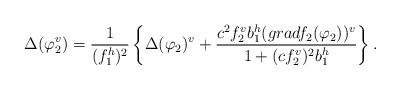
LaTeX: \begin{align*}\Delta(\varphi_2^v)=\frac{1}{(f_1^h)^2}\left\{\Delta(\varphi_2)^v+\frac{c^2f_2^vb_1^h(gradf_2(\varphi_2))^v}{1+(cf_2^v)^2b_1^h}\right\}.\end{align*}